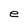
Character: e